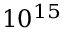
1 0 ^ { 1 5 }